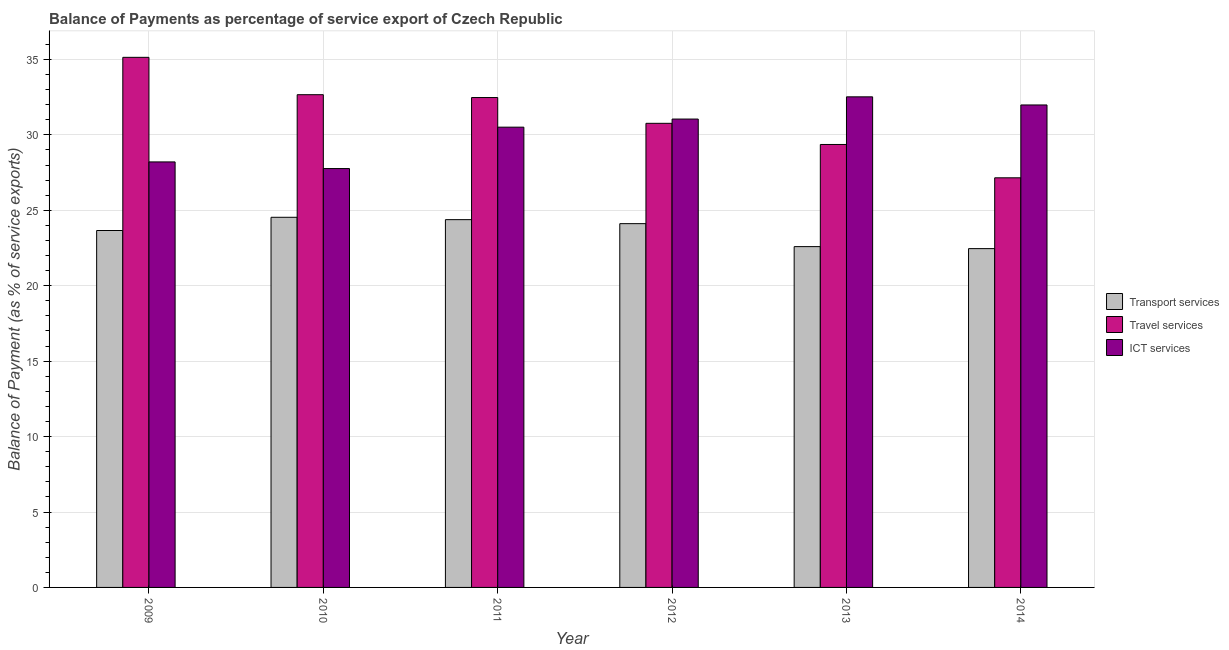
| Year | Transport services | Travel services | ICT services |
 | --- | --- | --- | --- |
 | 2009 | 23.7 | 35.1 | 28.2 |
 | 2010 | 24.5 | 32.7 | 27.8 |
 | 2011 | 24.4 | 32.5 | 30.5 |
 | 2012 | 24.1 | 30.8 | 31 |
 | 2013 | 22.6 | 29.4 | 32.5 |
 | 2014 | 22.5 | 27.2 | 32 |